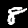
Label: 8